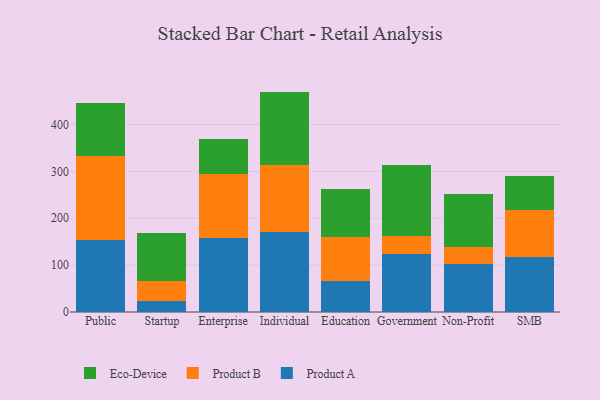
{"axis": {"x": "Segment", "y": "Budget (USD K)"}, "legend": ["Eco-Device", "Product A", "Product B"], "data": [{"x": "Public", "y": 153.2, "type": "Product A"}, {"x": "Public", "y": 178.9, "type": "Product B"}, {"x": "Public", "y": 113.5, "type": "Eco-Device"}, {"x": "Startup", "y": 23.2, "type": "Product A"}, {"x": "Startup", "y": 43.2, "type": "Product B"}, {"x": "Startup", "y": 102.4, "type": "Eco-Device"}, {"x": "Enterprise", "y": 158.2, "type": "Product A"}, {"x": "Enterprise", "y": 135.4, "type": "Product B"}, {"x": "Enterprise", "y": 75.4, "type": "Eco-Device"}, {"x": "Individual", "y": 170.5, "type": "Product A"}, {"x": "Individual", "y": 143.9, "type": "Product B"}, {"x": "Individual", "y": 155.9, "type": "Eco-Device"}, {"x": "Education", "y": 65.3, "type": "Product A"}, {"x": "Education", "y": 95.6, "type": "Product B"}, {"x": "Education", "y": 101.9, "type": "Eco-Device"}, {"x": "Government", "y": 123.4, "type": "Product A"}, {"x": "Government", "y": 39.8, "type": "Product B"}, {"x": "Government", "y": 149.5, "type": "Eco-Device"}, {"x": "Non-Profit", "y": 102.1, "type": "Product A"}, {"x": "Non-Profit", "y": 36.1, "type": "Product B"}, {"x": "Non-Profit", "y": 113.2, "type": "Eco-Device"}, {"x": "SMB", "y": 117.3, "type": "Product A"}, {"x": "SMB", "y": 101.4, "type": "Product B"}, {"x": "SMB", "y": 70.6, "type": "Eco-Device"}]}